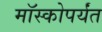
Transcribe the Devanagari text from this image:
मॉस्कोपर्यंत